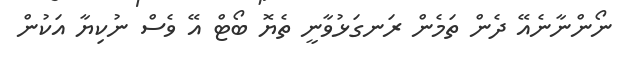
ނޯންނާނެއޭ ދެން ތަމެން ރަނގަޅުވާނީ ތެޔޮ ބޯޓް އޭ ވެސް ނުކިޔާ އަކުން